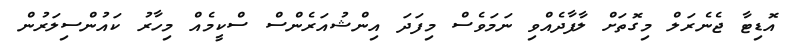
އޮޑިޓާ ޖެނެރަލް މިގޮތަށް ލާފާދެއްވި ނަމަވެސް މިފަދަ އިންޝުއަރެންސް ސްކީމެއް މިހާރު ކައުންސިލަރުން